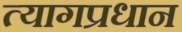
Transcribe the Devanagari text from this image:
त्यागप्रधान